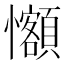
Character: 𪭄